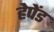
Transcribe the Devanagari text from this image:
हेपेंड